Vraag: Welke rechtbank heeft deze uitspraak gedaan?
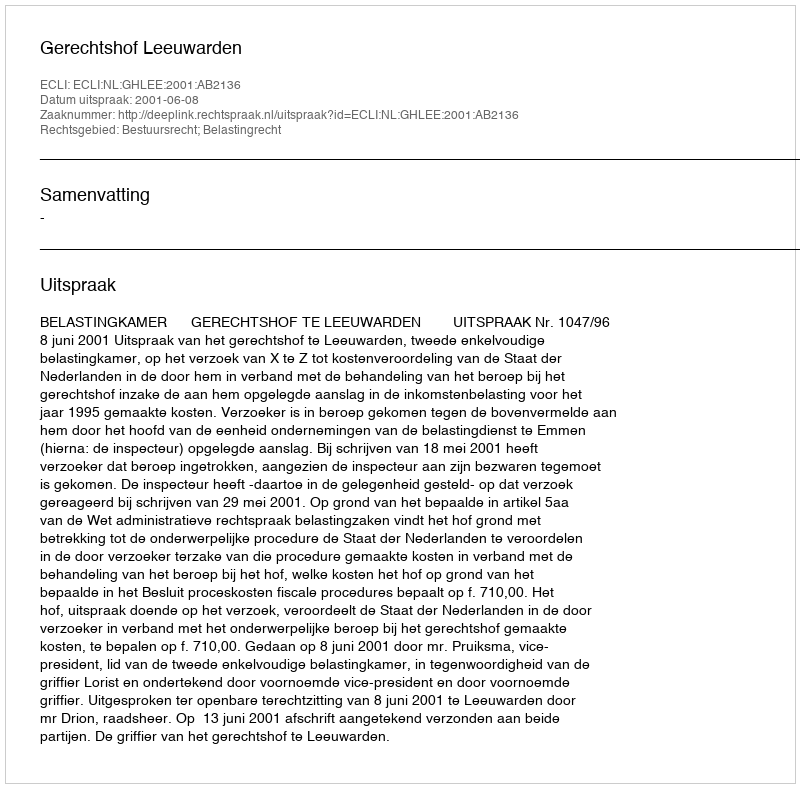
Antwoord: Gerechtshof Leeuwarden